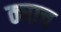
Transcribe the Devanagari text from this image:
ठ्याच